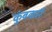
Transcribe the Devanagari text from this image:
कुंबकारै